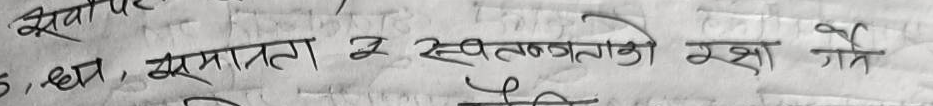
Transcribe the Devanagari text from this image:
5, धन, समानता र स्वतन्त्रताको रक्षा गर्न